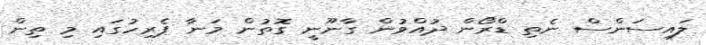
ލައިސަންސް ނެތި ޑްރޯން ދުއްވުން ގާނޫނީ ގޮތުން މަނާ ޕެރިހުގައި މި ތިން